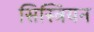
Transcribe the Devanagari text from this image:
सिस्त्रियन